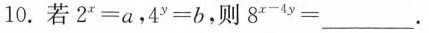
10.若2^{x}=a，4^{y}=b，则8^{x-4y}=___。